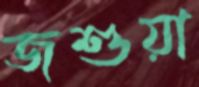
জশুয়া